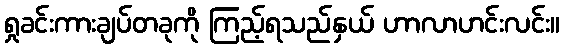
ရှုခင်းကားချပ်တခုကို ကြည့်ရသည်နှယ် ဟာလာဟင်းလင်း။